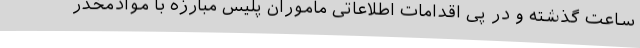
ساعت گذشته و در پی اقدامات اطلاعاتی ماموران پلیس مبارزه با موادمخدر